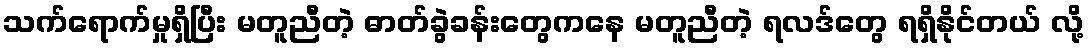
သက်ရောက်မှုရှိပြီး မတူညီတဲ့ ဓာတ်ခွဲခန်းတွေကနေ မတူညီတဲ့ ရလဒ်တွေ ရရှိနိုင်တယ် လို့